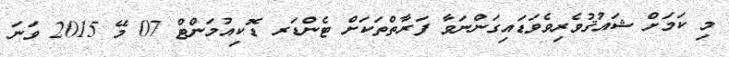
މި ކަމަށް ޝައުޤުވެރިވެވަޑައިގަންނަވާ ފަރާތްތަކަށް ޓެންޑަރ ޑޮކިއުމަންޓް 07 މޭ 2015 ވަނަ